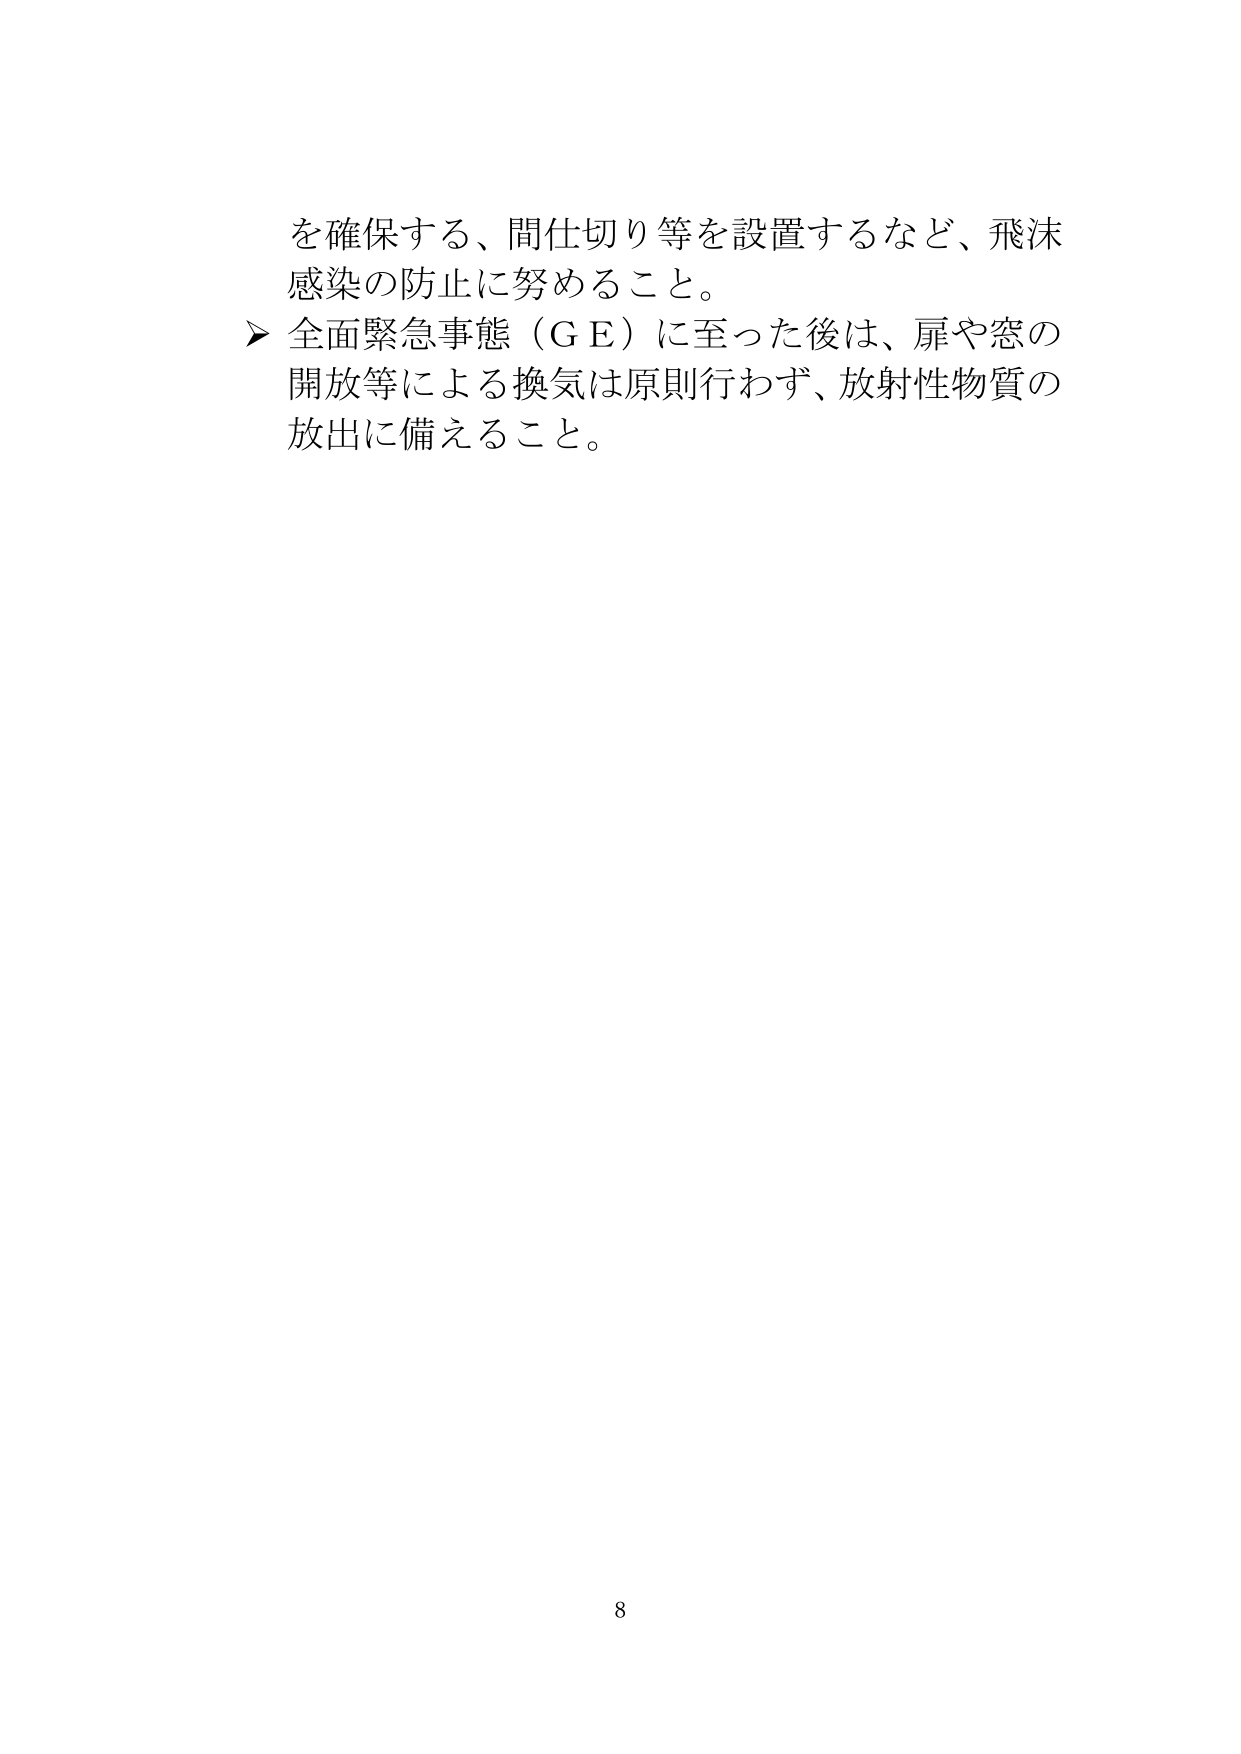
を確保する、間仕切り等を設置するなど、飛沫
感染の防止に努めること。
▶ 全面緊急事態（ＧＥ）に至った後は、扉や窓の
開放等による換気は原則行わず、放射性物質の
放出に備えること。

8